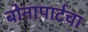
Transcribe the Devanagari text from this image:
बोनापार्टचा